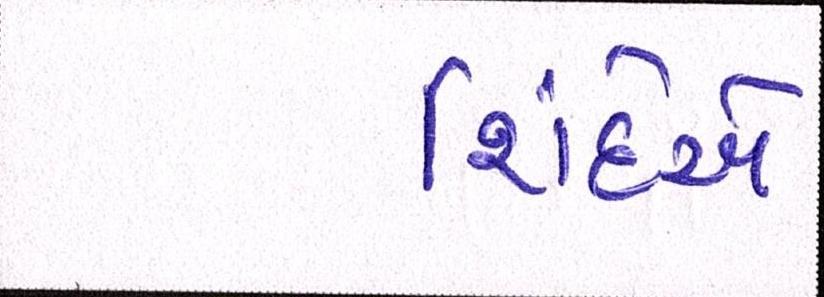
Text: શિંદેએ